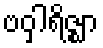
ဗဝှါရိဇ္ဈာ